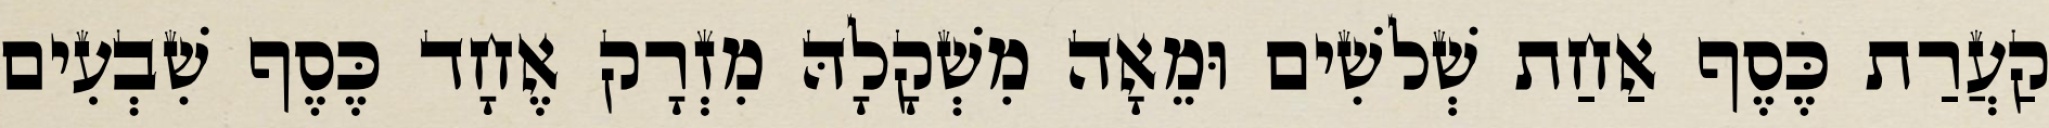
קַעֲרַת כֶּסֶף אַחַת שְׁלשִׁים וּמֵאָה מִשְׁקָלָהּ מִזְרָק אֶחָד כֶּסֶף שִׁבְעִים